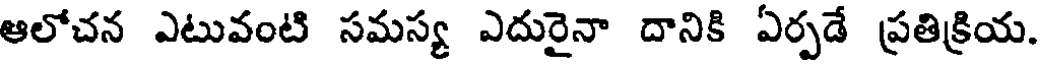
ఆలోచన ఎటువంటి సమస్య ఎదురైనా దానికి ఏర్పడే ప్రతిక్రియ.